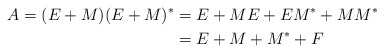
\begin{align*}A=(E+M)(E+M)^* & = E+ME+EM^*+MM^*\\& = E+M+M^*+F\end{align*}